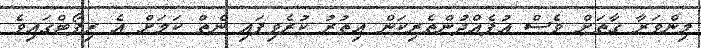
މިންވަރާ ގާތަށް ވެސް އުފެއްދުންތެރިކަން އިތުރު ކުރެވިފައި ނެތް ކަމަށް އެ ރިޕޯޓްގައިވެ